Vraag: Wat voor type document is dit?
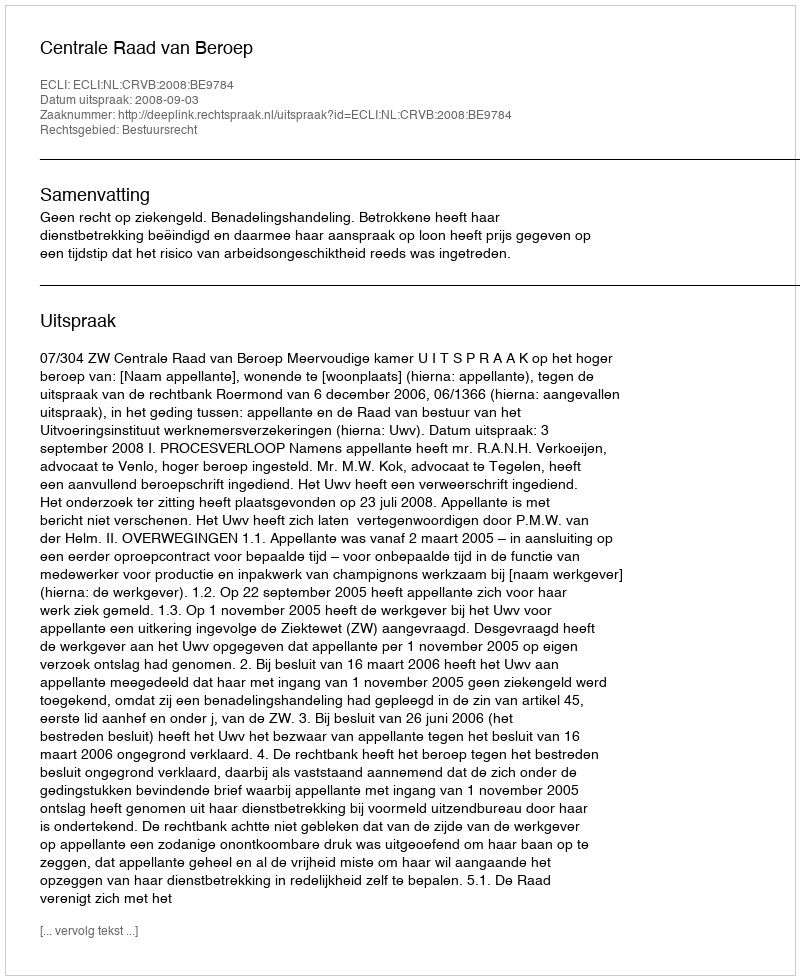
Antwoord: Uitspraak